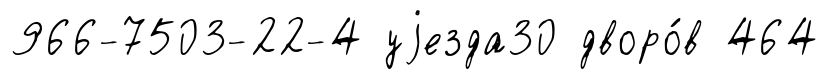
966-7503-22-4 уjезда30 дворо́в 464